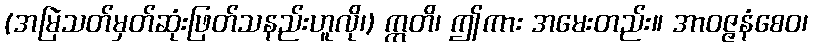
(အမြဲသတ်မှတ်ဆုံးဖြတ်သနည်းဟူလို၊) ဣတိ၊ ဤကား အမေးတည်း။ အာဝဇ္ဇနံစေဝ၊